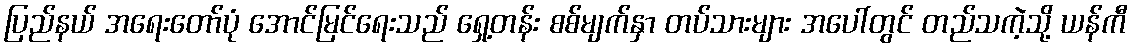
ပြည်နယ် အရေးတော်ပုံ အောင်မြင်ရေးသည် ရှေ့တန်း စစ်မျက်နှာ တပ်သားများ အပေါ်တွင် တည်သကဲ့သို့ ယန်ကီ